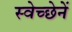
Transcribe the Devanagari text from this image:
स्वेच्छेनें